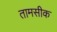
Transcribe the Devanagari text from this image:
तामसीक